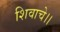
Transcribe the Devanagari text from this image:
शिवाचे।।